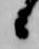
候